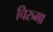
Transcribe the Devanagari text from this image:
चिरुमा